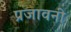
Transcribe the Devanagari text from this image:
प्रजावनी